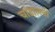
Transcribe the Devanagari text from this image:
चांडालनी